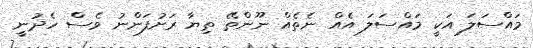
މައްސަލަ އަކީ މައްސަލަ އެއް ނެތެއް ނޫންތޭ ތިޔާ ރަށުފަންނު ވެސް ހެދުނީ